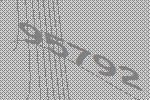
95792